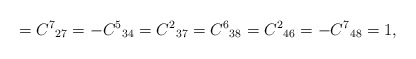
\begin{align*}={C^7}_{27}=-{C^5}_{34}={C^2}_{37}={C^6}_{38}={C^2}_{46}=-{C^7}_{48}=1,\end{align*}